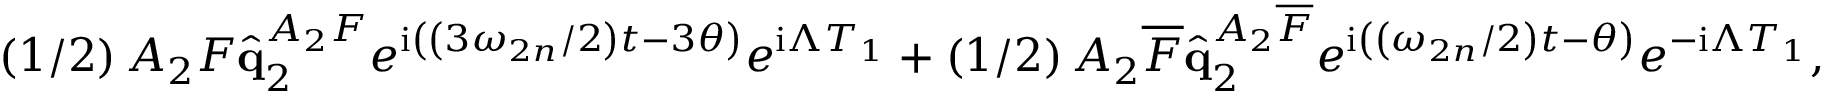
\left( 1 / 2 \right) A _ { 2 } F \hat { \mathbf { q } } _ { 2 } ^ { A _ { 2 } F } e ^ { \mathrm { i } \left( \left( 3 \omega _ { 2 n } / 2 \right) t - 3 \theta \right) } e ^ { \mathrm { i } \Lambda T _ { 1 } } + \left( 1 / 2 \right) A _ { 2 } \overline { { F } } \hat { \mathbf { q } } _ { 2 } ^ { A _ { 2 } \overline { { F } } } e ^ { \mathrm { i } \left( \left( \omega _ { 2 n } / 2 \right) t - \theta \right) } e ^ { - \mathrm { i } \Lambda T _ { 1 } } ,